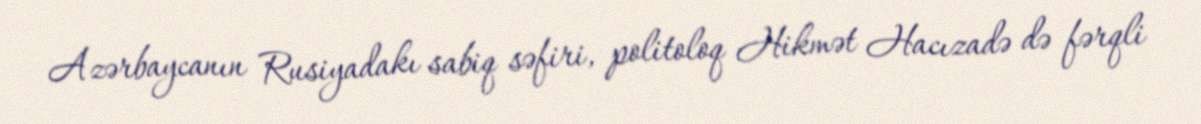
Azərbaycanın Rusiyadakı sabiq səfiri, politoloq Hikmət Hacızadə də fərqli